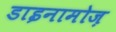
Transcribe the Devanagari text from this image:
डाइनामोज़